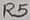
Text: R5